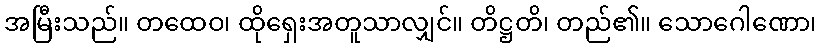
အမြီးသည်။ တထေဝ၊ ထိုရှေးအတူသာလျှင်။ တိဋ္ဌတိ၊ တည်၏။ သောဂေါဏော၊